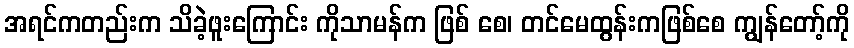
အရင်ကတည်းက သိခဲ့ဖူးကြောင်း ကိုသာမန်က ဖြစ် စေ၊ တင်မေထွန်းကဖြစ်စေ ကျွန်တော့်ကို